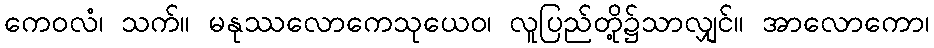
ကေဝလံ၊ သက်။ မနုဿလောကေသုယေဝ၊ လူပြည်တို့၌သာလျှင်။ အာလောကော၊